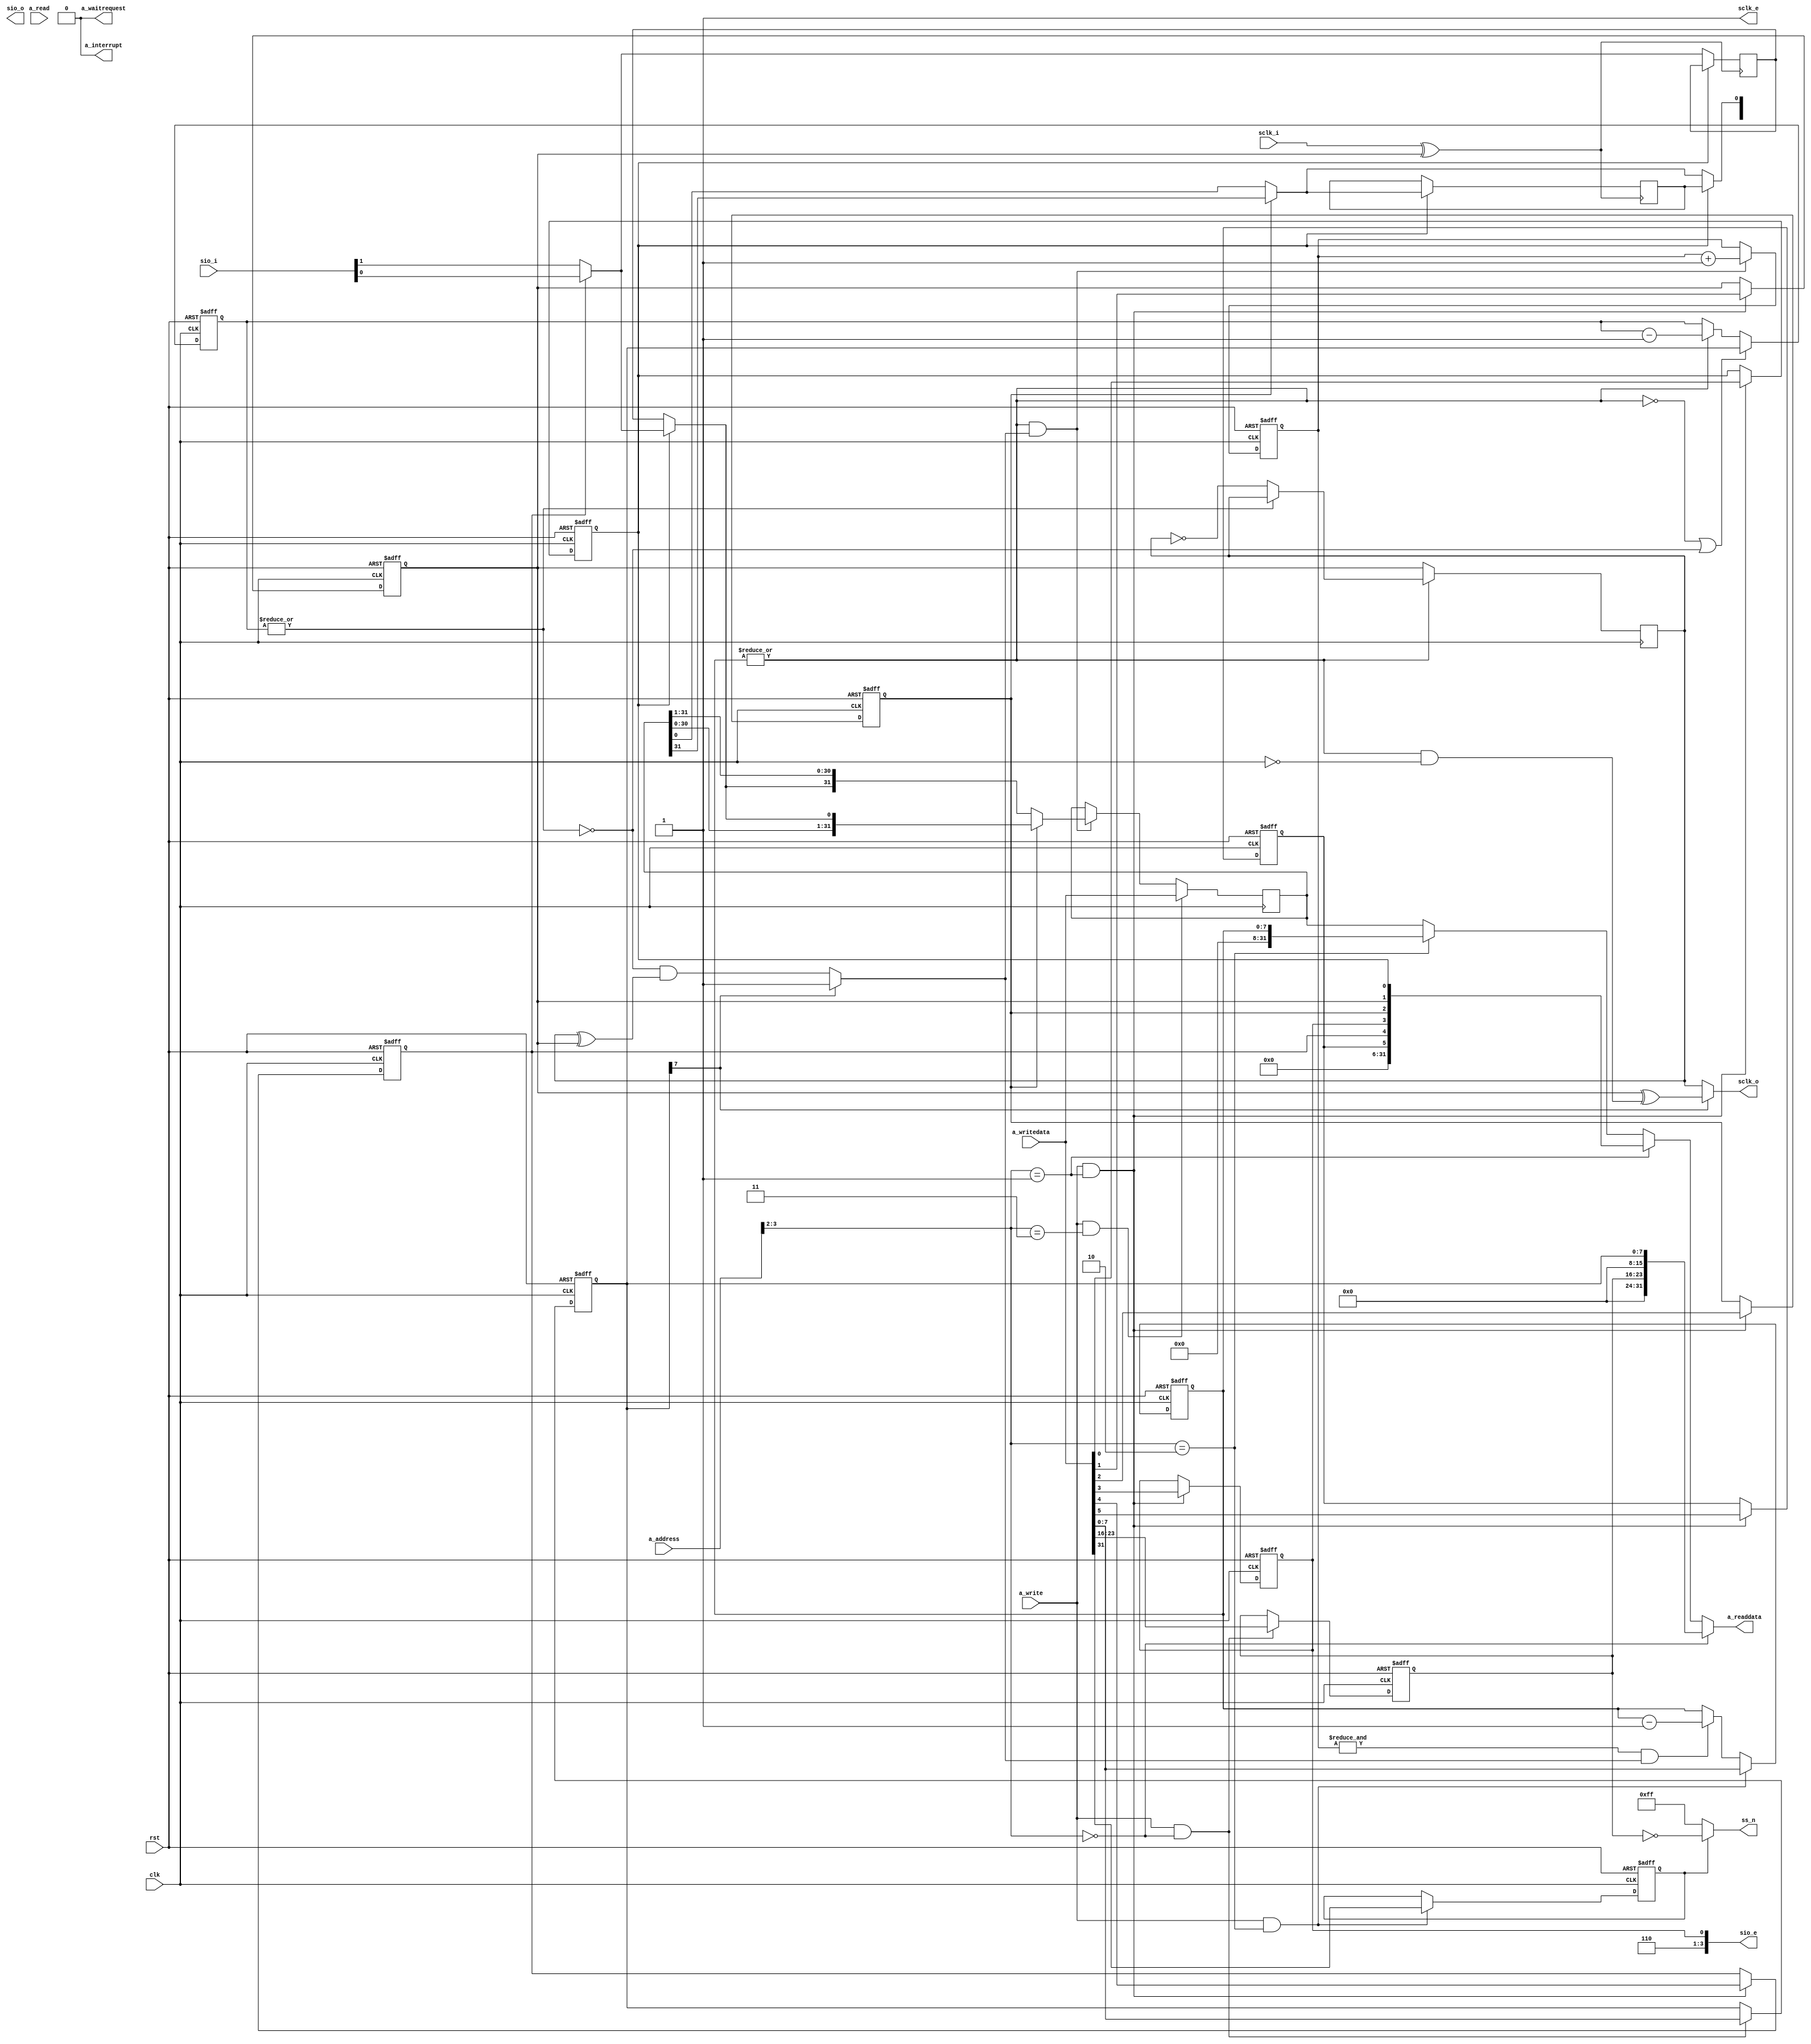
//////////////////////////////////////////////////////////////////////////////
//                                                                          //
//  Minimalistic SPI (3 wire) interface with Zbus interface                 //
//                                                                          //
//  Copyright (C) 2008  Iztok Jeras                                         //
//                                                                          //
//////////////////////////////////////////////////////////////////////////////
//                                                                          //
//  This RTL is free hardware: you can redistribute it and/or modify        //
//  it under the terms of the GNU Lesser General Public License             //
//  as published by the Free Software Foundation, either                    //
//  version 3 of the License, or (at your option) any later version.        //
//                                                                          //
//  This RTL is distributed in the hope that it will be useful,             //
//  but WITHOUT ANY WARRANTY; without even the implied warranty of          //
//  MERCHANTABILITY or FITNESS FOR A PARTICULAR PURPOSE.  See the           //
//  GNU General Public License for more details.                            //
//                                                                          //
//  You should have received a copy of the GNU General Public License       //
//  along with this program.  If not, see <http://www.gnu.org/licenses/>.   //
//                                                                          //
//////////////////////////////////////////////////////////////////////////////

//////////////////////////////////////////////////////////////////////////////
// this file contains the system bus interface and static registers         //
//////////////////////////////////////////////////////////////////////////////

module spi #(
  // SPI slave select paramaters
  parameter SSW = 8,         // slave select register width
  // SPI interface configuration parameters
  parameter CFG_bit   =  0,  // select bit mode instead of byte mode by default
  parameter CFG_3wr   =  0,  // duplex type (0 - SPI full duplex, 1 - 3WIRE half duplex (MOSI is shared))
  parameter CFG_oen   =  0,  // MOSI output enable after reset
  parameter CFG_dir   =  1,  // shift direction (0 - LSB first, 1 - MSB first)
  parameter CFG_cpol  =  0,  // clock polarity
  parameter CFG_cpha  =  0,  // clock phase
  // SPI clock divider parameters
  parameter PAR_cd_en =  1,  // clock divider enable (0 - use full system clock, 1 - use divider)
  parameter PAR_cd_ri =  1,  // clock divider register inplement (otherwise the default clock division factor is used)
  parameter DRW =  8,  // clock divider register width
  parameter DR0 =  0   // default clock division factor
)(
  // system signals (used by the CPU bus interface)
  input  wire           clk,
  input  wire           rst,
  // zbus input interface
  input  wire           a_write,
  input  wire           a_read,
  input  wire     [3:0] a_address,
  input  wire    [31:0] a_writedata,
  output wire    [31:0] a_readdata,
  output wire           a_waitrequest,
  output wire           a_interrupt,
  // SPI signals (at a higher level should be connected to tristate IO pads)
  // serial clock
  input  wire           sclk_i,  // input (clock loopback)
  output wire           sclk_o,  // output
  output wire           sclk_e,  // output enable
  // serial input output SIO[3:0] or {HOLD_n, WP_n, MISO, MOSI/3wire-bidir}
  input  wire     [3:0] sio_i,   // input (clock loopback)
  output wire     [3:0] sio_o,   // output
  output wire     [3:0] sio_e,   // output enable
  // active low slave select signal
  output wire [SSW-1:0] ss_n
);

//////////////////////////////////////////////////////////////////////////////
// local signals                                                            //
//////////////////////////////////////////////////////////////////////////////

// clock divider signals
reg  [DRW-1:0] div_cnt;  // clock divider counter
reg  [DRW-1:0] reg_div;  // register holding the requested clock division ratio
wire div_byp;
reg  div_clk;                  // register storing the SCLK clock value (additional division by two)

// spi shifter signals
reg  [32-1:0] reg_s;           // spi data shift register
reg  reg_i, reg_o;             // spi input-sampling to output-change phase shift registers
wire ser_i, ser_o;             // shifter serial input and output multiplexed signals
wire spi_mi;                   //
wire clk_l;                    // loopback clock

// spi slave select signals
reg  [SSW-1:0] reg_ss;         // active high slave select register

// spi configuration registers (shift direction, clock polarity and phase, 3 wire option)
reg  cfg_bit, cfg_3wr, cfg_oen, cfg_dir, cfg_cpol, cfg_cpha;

// spi shift transfer control registers
reg    [2:0] cnt_bit;  // counter of shifted bits
reg          ctl_ss;   // slave select enable register
reg    [7:0] ctl_cnb;  // counter of transfered data units (bytes by defoult)
wire         ctl_run;  // transfer running status


//////////////////////////////////////////////////////////////////////////////
// bus access implementation (generalisation of wishbone bus signals)       //
//////////////////////////////////////////////////////////////////////////////

// output data multiplexer
assign a_readdata = (a_address[3:2] == 2'd0) ? {{16-SSW{1'b0}}, reg_ss, {16-DRW{1'b0}}, reg_div} :
                    (a_address[3:2] == 2'd1) ? {cfg_bit, cfg_3wr, cfg_oen, cfg_dir, cfg_cpol, cfg_cpha} :
                    (a_address[3:2] == 2'd2) ? {24'h000000, ctl_cnb}:
                                               reg_s;

assign a_waitrequest = 1'b0;
assign a_interrupt   = 1'b0;

//////////////////////////////////////////////////////////////////////////////
// clock divider                                                            //
//////////////////////////////////////////////////////////////////////////////

// clock division factor number register
always @(posedge clk, posedge rst)
if (rst)
  reg_div <= DR0;
else if (a_write & (a_address[3:2] == 0) & ~a_waitrequest)
  reg_div <= a_writedata[DRW-1:0];

// divider bypass bit
assign div_byp = reg_div[7];

// clock counter
always @(posedge clk, posedge rst)
if (rst)
  div_cnt <= 'b0;
else begin
  if (~ctl_run | ~|div_cnt)
    div_cnt <= reg_div;
  else if (ctl_run)
    div_cnt <= div_cnt - 1;
end

// clock output register (divider by 2)
always @(posedge clk)
if (~ctl_run)
  div_clk <= cfg_cpol;
else if (~|div_cnt)
  div_clk <= ~div_clk;

assign div_ena = div_byp ? 1 : ~|div_cnt & (div_clk ^ cfg_cpol);

//////////////////////////////////////////////////////////////////////////////
// configuration registers                                                  //
//////////////////////////////////////////////////////////////////////////////

always @(posedge clk, posedge rst)
if (rst) begin
  cfg_bit  <= CFG_bit;
  cfg_3wr  <= CFG_3wr;
  cfg_oen  <= CFG_oen;
  cfg_dir  <= CFG_dir;
  cfg_cpol <= CFG_cpol;
  cfg_cpha <= CFG_cpha;
end else if (a_write & (a_address[3:2] == 1) & ~a_waitrequest) begin
  cfg_bit  <= a_writedata [5     ];
  cfg_3wr  <= a_writedata [ 4    ];
  cfg_oen  <= a_writedata [  3   ];
  cfg_dir  <= a_writedata [   2  ];
  cfg_cpol <= a_writedata [    1 ];
  cfg_cpha <= a_writedata [     0];
end

//////////////////////////////////////////////////////////////////////////////
// control registers (transfer counter and serial output enable)            //
//////////////////////////////////////////////////////////////////////////////

// bit counter
always @(posedge clk, posedge rst)
if (rst)
  cnt_bit <= 0;
else if (ctl_run & div_ena)
  cnt_bit <= cnt_bit + 1;

// chip select enable
always @(posedge clk, posedge rst)
if (rst)
  ctl_ss <= 0;
else begin
  // write from the CPU bus has priority
  if (a_write & (a_address[3:2] == 2) & ~a_waitrequest)
    ctl_ss <= a_writedata[31];
end

// transfer length counter
always @(posedge clk, posedge rst)
if (rst)
  ctl_cnb <= 0;
else begin
  // write from the CPU bus has priority
  if (a_write & (a_address[3:2] == 2) & ~a_waitrequest)
    ctl_cnb <= a_writedata[7:0];
  // decrement at the end of each transfer unit (byte by default)
  else if (&cnt_bit & div_ena)
    ctl_cnb <= ctl_cnb - 1;
end

// spi transfer run status
assign ctl_run = |ctl_cnb;

//////////////////////////////////////////////////////////////////////////////
// spi slave select                                                         //
//////////////////////////////////////////////////////////////////////////////

always @(posedge clk, posedge rst)
if (rst)
  reg_ss <= 'b0;
else if (a_write & (a_address[3:2] == 0) & ~a_waitrequest)
  reg_ss <= a_writedata [32-SSW-1:16];

assign ss_n = ctl_ss ? ~reg_ss : ~{SSW{1'b0}};

//////////////////////////////////////////////////////////////////////////////
// spi shift register                                                       //
//////////////////////////////////////////////////////////////////////////////

// shift register implementation
always @(posedge clk)
if (a_write & (a_address[3:2] == 3) & ~a_waitrequest) begin
  reg_s <= a_writedata; // TODO add fifo code
end else if (ctl_run & div_ena) begin
  if (cfg_dir)  reg_s <= {reg_s [30:0], ser_i};
  else          reg_s <= {ser_i, reg_s [31:1]};
end

// the serial output from the shift register depends on the direction of shifting
assign ser_o  = (cfg_dir) ? reg_s [31] : reg_s [0];

always @(posedge clk_l)
if ( cfg_cpha)  reg_o <= ser_o;

always @(posedge clk_l)
if (~cfg_cpha)  reg_i <= spi_mi;

// spi clock output pin
assign sclk_o = div_byp ? cfg_cpol ^ (ctl_run & ~clk) : div_clk;

// loop clock
assign clk_l  = sclk_i ^ cfg_cpol;

// the serial input depends on the used protocol (SPI, 3 wire)
assign spi_mi   = cfg_3wr ? sio_i[0] : sio_i[1];

assign ser_i    = ~cfg_cpha ? reg_i : spi_mi;
assign sio_o[0] = ~cfg_cpha ? ser_o : reg_o;
assign sio_e[0] = cfg_oen;

// temporary IO handler

assign sclk_e     = 1'b1;
assign sio_o[3:1] = 3'b11x;
assign sio_e[3:1] = 3'b110;


endmodule